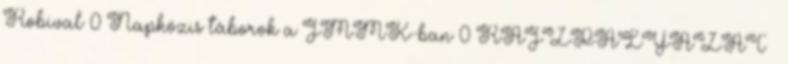
Robival 0 Napközis táborok a JMMK-ban 0 RAJZPÁLYÁZAT –